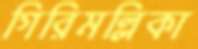
গিরিমল্লিকা